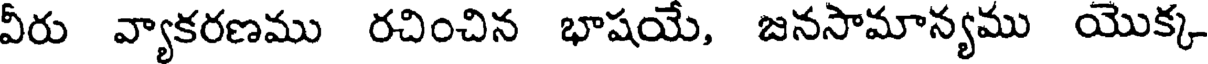
వీరు వ్యాకరణము రచించిన భాషయే, జనసామాన్యము యొక్క